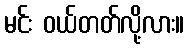
မင်း ဝယ်တတ်လို့လား။